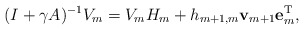
\begin{align*}(I+\gamma A)^{-1}V_{m}=V_{m}{H}_{m}+{h}_{m+1,m}{\bf v}_{m+1}{\bf e}^{\rm T}_{m},\end{align*}